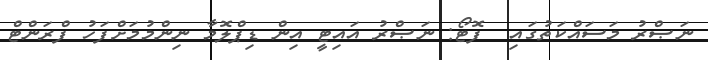
ނަޞްރު މަސައްކަތުގައި  ފޮޓޯ: ނަޞްރު އައިޓީ އިން ޑިޕްލޮމާ ނިންމުމަށްފަހު ފްރަންޓް